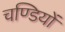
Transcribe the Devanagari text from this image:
चण्डियों